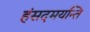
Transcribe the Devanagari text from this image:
हंसदमयन्ति